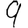
Digit: 9